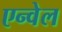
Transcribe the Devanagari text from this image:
एन्वेल